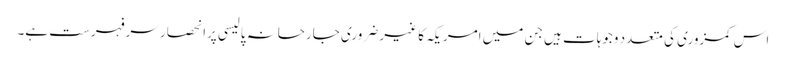
اس کمزوری کی متعدد وجوہات ہیں جن میں امریکہ کا غیر ضروری جارحانہ پالیسی پرانحصار سرفہرست ہے۔